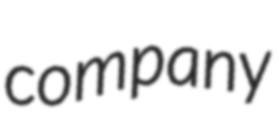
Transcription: company